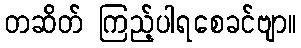
တဆိတ် ကြည့်ပါရစေခင်ဗျာ။